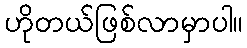
ဟိုတယ်ဖြစ်လာမှာပါ။